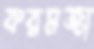
করমজা